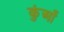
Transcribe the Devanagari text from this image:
कुंआँ